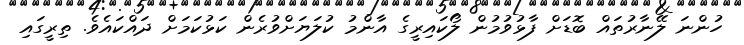
ހުންނަ ލޭނާރުތައް ބޮޑަށް ފާޅުވުމުން ލޯކައިރީގެ އާންމު ކުލަޔަށްވުރެން ކަޅުކަމަށް ދައްކައެވެ. ތިރީގައި